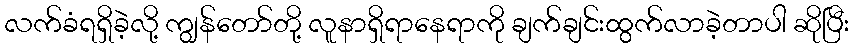
လက်ခံရရှိခဲ့လို့ ကျွန်တော်တို့ လူနာရှိရာနေရာကို ချက်ချင်းထွက်လာခဲ့တာပါ ဆိုပြီး